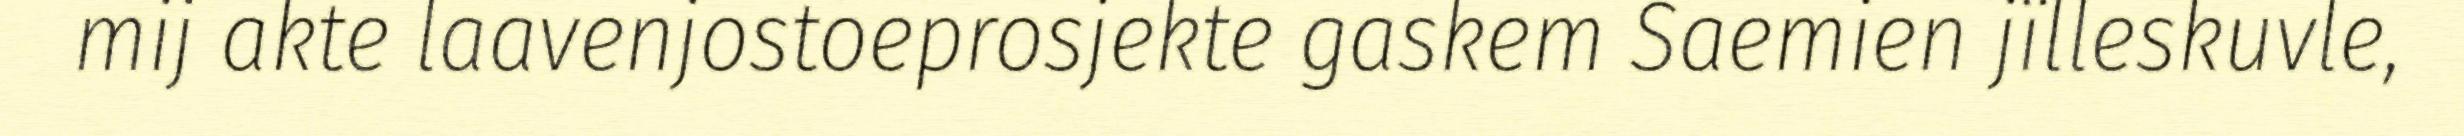
mij akte laavenjostoeprosjekte gaskem Saemien jïlleskuvle,